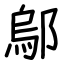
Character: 鄔